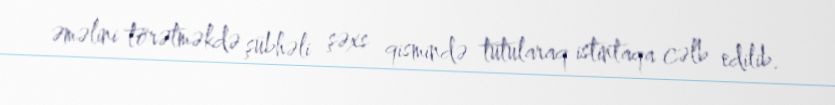
əməlini törətməkdə şübhəli şəxs qismində tutularaq istintaqa cəlb edilib.